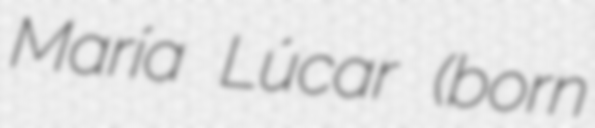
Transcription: María Lúcar (born